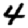
Digit: 4